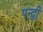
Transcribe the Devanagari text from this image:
पन्द्वी